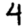
Digit: 4